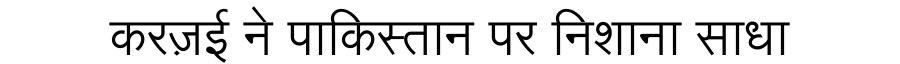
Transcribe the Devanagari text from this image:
करज़ई ने पाकिस्तान पर निशाना साधा